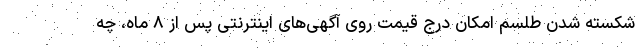
شکسته شدن طلسم امکان درج قیمت روی آگهی‌های اینترنتی پس از ۸ ماه، چه